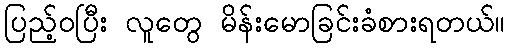
ပြည့်ဝပြီး လူတွေ မိန်းမောခြင်းခံစားရတယ်။